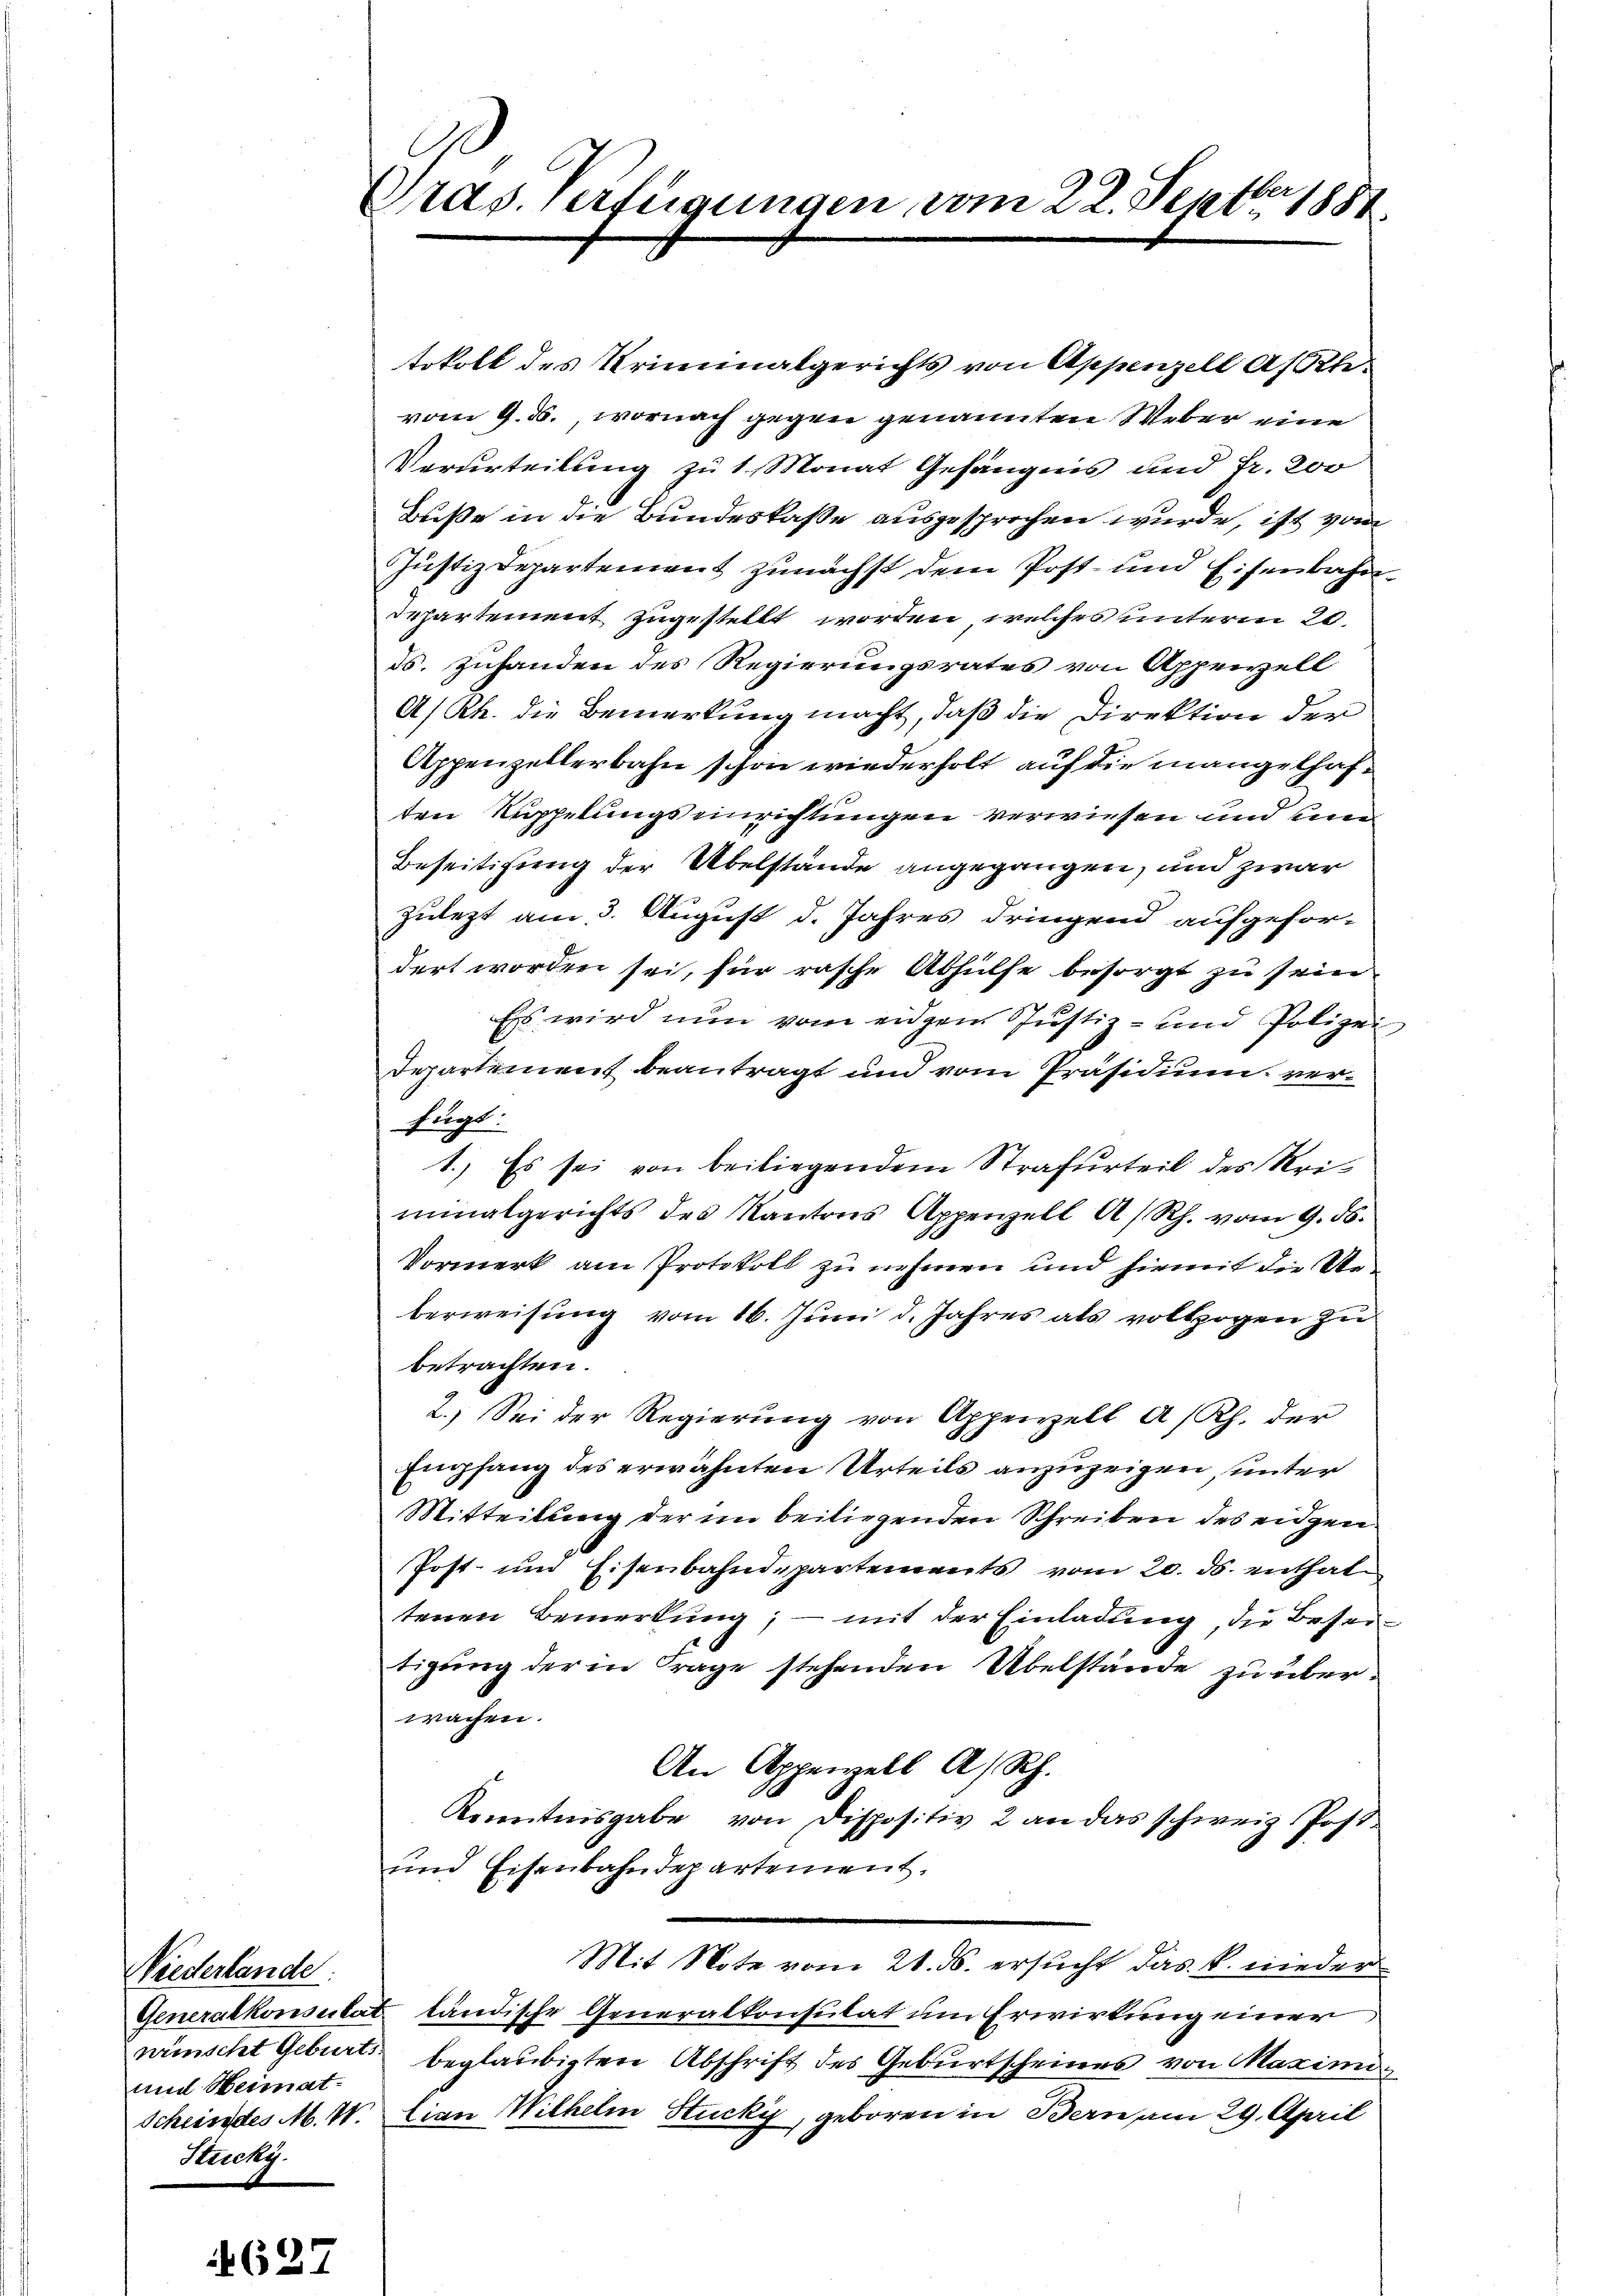
Viederlande
und Heimat-
Stricky.

462.

C
Vras. verfügungen vom 22. Sept. 1881,

tokoll des Kriminalgerichts von Appenzell A/Rhevom 9. ds., wornach gegen genannten Weber eine
Verurteilung zu 1 Monat Gefängnis und Fr. 200
Buße in die Bundeskasse ausgesprochen wurde, ist vom
Justizdepartement zunächst dem Post- und Eisenbahn
departement zugestellt worden, welches unterm 20.
ds. zuhanden des Regierungsrates von Appenzell
A/Rh. die Bemerkung macht, daß die Direktion der
Appenzellerbahn schon wiederholt auf die mangelhaften Rappelungseinrichtungen verwiesen und un
Beseitigung der Übelstände angegangen, und zwar
zulezt am 3. August d. Jahres dringend aufgefordert worden sei, für rasche Abhülfe besorgt zu seien
Es wird nun vom eidgen Justiz- und Polizei
Departement beantragt und vom Präsidium verfügt:
1.) Es sei von beiliegendem Strafurteil des Uriminalgerichts des Kantons Appenzell A/Rh. vom 9. d.
Vormerk am Protokoll zu nehmen und hiemit die Reberweisung vom 16. Juni d. Jahres als vollzogen zu
betrachten.
2.) Sei der Regierung von Appenzell a/Rh. der
Empfang des erwähnten Urteils anzuzeigen, unter
Mitteilung der im beiliegenden Schreiben des eidgen
Post- und Eisenbahndepartements vom 20. ds. enthale
tenen Bemerkung; — mit der Einladung, die Beseitigung der in Frage stehenden Übelstände zu überwachen.
An Appenzell A/Rh.
Kenntnisgabe von Dispositiv 2 an das schweiz. Post-
und Eisenbahndepartement,
Mit Note vom 21. ds. ersucht das k. nieder
Generalkonsulat ländische Generalkonsulat um Erwirkung einer
wünscht Geburt beglaubigten Abschrift des Geburtscheines von Maximi¬
Scheindes M. W. Cian Wilhelm Stucki, geboren in Bern am 29. April